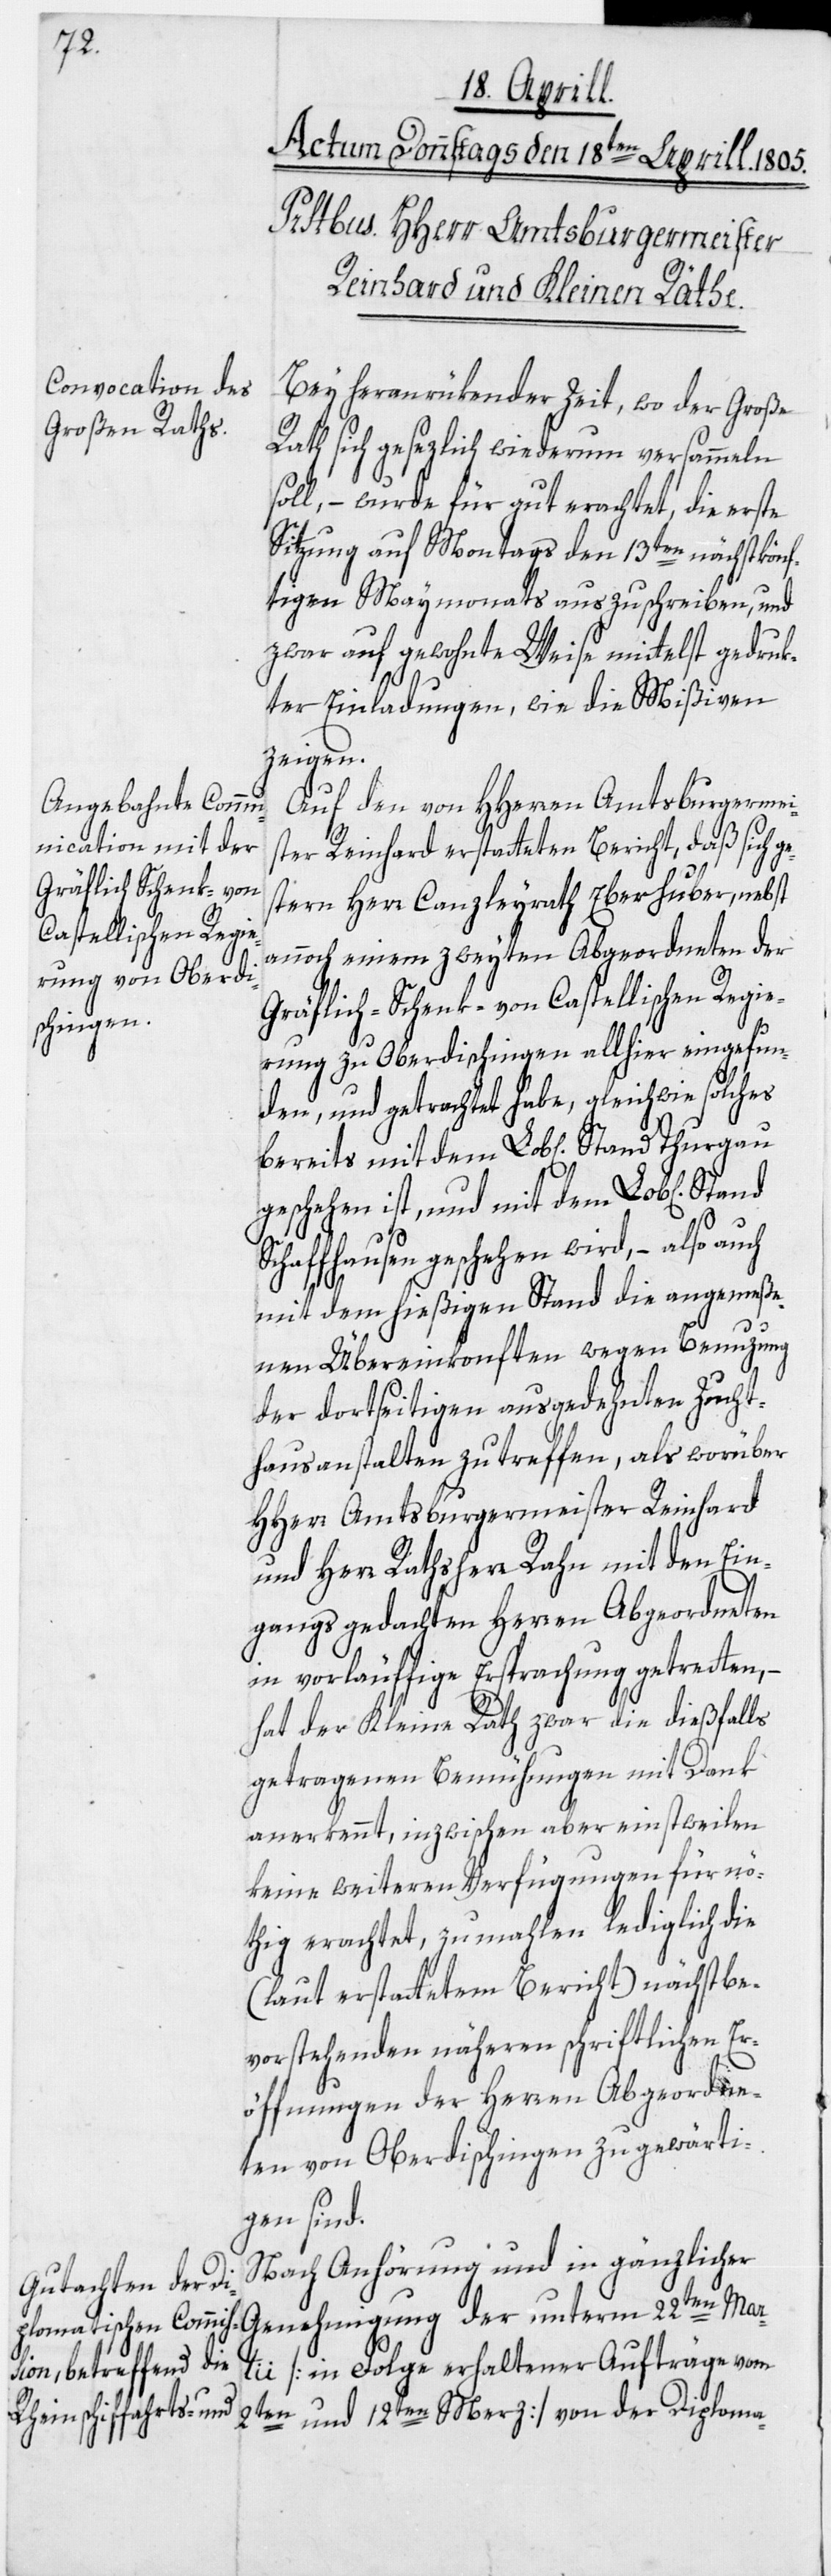
Bey heranrükender Zeit, wo der Große
Rath sich gesezlich wiederum versammeln
soll, – wurde für gut erachtet, die erste
Sitzung auf Montags den 13ten nächstkönf¬
tigen Maymonats auszuschreiben, und
zwar auf gewohnte Weise mittelst gedruk¬
ter Einladungen, wie die Mißiven
zeigen.
Auf den von HHerren Amtsburgermei¬
ster Reinhard erstatteten Bericht, daß sich g¬
estern Herr Canzleyrath Eberhuber, nebst
annoch einem zweyten Abgeordneten der
Gräflich-Schenk- von Castellischen Regie¬
rung zu Oberdischingen allhier eingefun¬
den, und getrachtet habe, gleichwie solches
bereits mit dem Lob[lichen] Stand Thurgau
geschehen ist, und mit dem Lob[lichen]
Schaffhausen geschehen wird, – also auch
mit dem hießigen Stand die angemeße¬
nen Übereinkonften wegen Benuzung
der dortseitigen ausgedehnten Zucht¬
hausanstalten zu treffen, als worüber
HHerr Amtsburgermeister Reinhard
und Herr Rathsherr Rahn mit den Ein¬
gangs gedachten Herren Abgeordneten
in vorläuffige Ersprachung getretten, –
hat der Kleine Rath zwar die dießfalls
getragenen Bemühungen mit Dank
anerkennt, inzwischen aber einstweilen
keine weiteren Verfügungen für nö¬
thig erachtet, zumahlen lediglich die
(laut erstattetem Bericht) nächstbe¬
vorstehenden näheren schriftlichen Er¬
öffnungen der Herren Abgeordne¬
ten von Oberdischingen zu gewärti¬
2ten und
Nach Anhörung und in gänzlicher
[in Folge erhaltener Aufträge vom